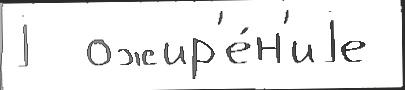
j  ожир'е́н'иjе